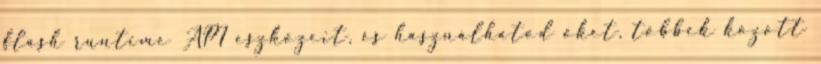
flash runtime API eszközeit, és használhatod őket, többek között